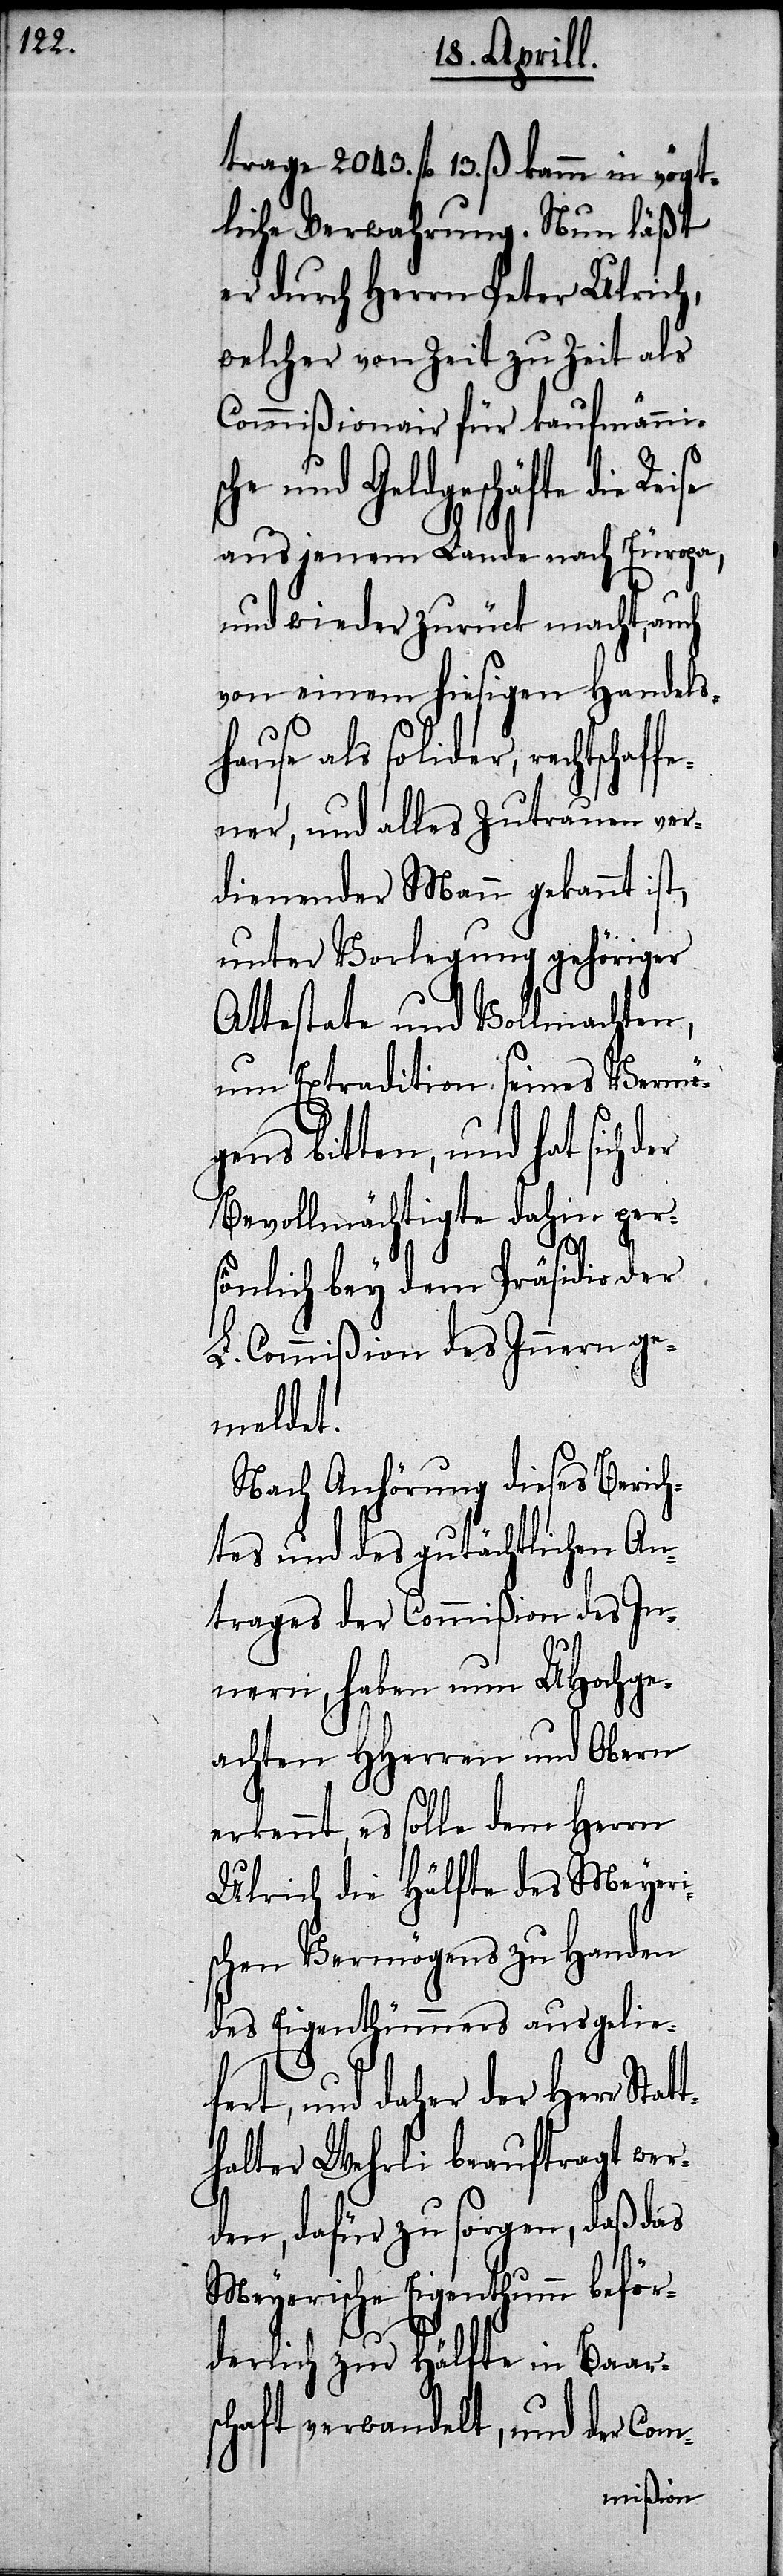
trage 2043. fl. 13. ß. kamm in vögt¬
liche Verwahrung. Nun läßt
er durch Herrn Peter Ulrich,
welcher von Zeit zu Zeit als
Commißionair für kaufmän¬
und Geldgeschäfte die
aus jenem Lande nach Europa,
und wieder zurück macht, auch
von einem hiesigen Handels¬
hause als solider, rechtschaf¬
fener, und alles Zutrauen ver¬
dienender Mann gekannt ist,
unter Vorlegung gehöriger
Attestate und Vollmachten,
um Extradition seines Vermö¬
gens bitten, und hat sich
Bevollmächtigte dahin pers¬
önlich bey dem Präsidio der
L. Commißion des Innern ge¬
meldet.
Nach Anhörung dieses Berich¬
tes und des gutächtlichen An¬
trages der Commißion des In¬
nern, haben nun UHochge¬
achten HHerren und Obern
erkennt, es solle dem Herrn
Ulrich die Hälfte des Meyeri¬
schen Vermögens zu Handen
des Eigenthümers ausgelie¬
fert, und daher der Herr Stat¬
thalter Wehrli beauftragt wer¬
den, dafür zu sorgen, daß der
Meyerische Eigenthum beför¬
derlich zur Hälfte in Baars¬
chaft verwandelt, und der Com-